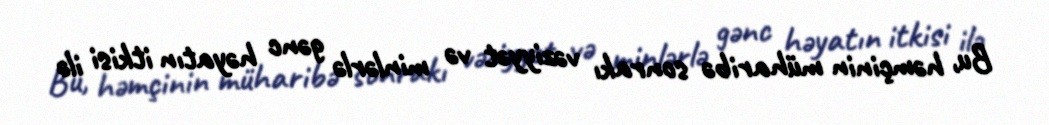
Bu, həmçinin müharibə sonrakı vəziyyət və minlərlə gənc həyatın itkisi ilə